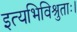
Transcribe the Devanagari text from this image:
इत्यभिविश्रुताः।